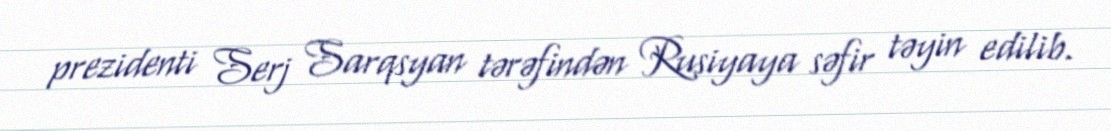
prezidenti Serj Sarqsyan tərəfindən Rusiyaya səfir təyin edilib.